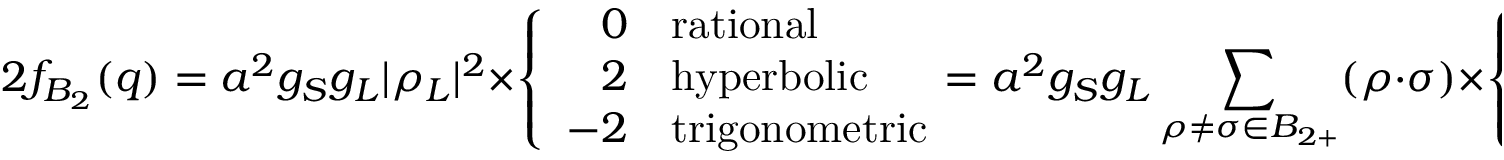
2 f _ { B _ { 2 } } ( q ) = a ^ { 2 } g _ { S } g _ { L } | \rho _ { L } | ^ { 2 } \times \left\{ \begin{array} { r l } { { 0 } } & { { \mathrm { r a t i o n a l } } } \\ { { 2 } } & { { \mathrm { h y p e r b o l i c } } } \\ { { - 2 } } & { { \mathrm { t r i g o n o m e t r i c } } } \end{array} \right. \! \! \! = a ^ { 2 } g _ { S } g _ { L } \sum _ { \rho \neq \sigma \in B _ { 2 + } } ( \rho \cdot \sigma ) \times \left\{ \begin{array} { r l } { { 0 } } & { { \mathrm { r a t i o n a l } } } \\ { { 1 } } & { { \mathrm { h y p e r b o l i c } } } \\ { { - 1 } } & { { \mathrm { t r i g o n o m e t r i c } } } \end{array} \right.